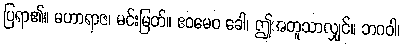
ပြရာ၏။ မဟာရာဇ၊ မင်းမြတ်။ ဧဝမေဝ ခေါ၊ ဤအတူသာလျှင်။ ဘဂဝါ၊